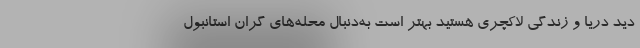
دید دریا و زندگی لاکچری هستید بهتر است به‌دنبال محله‌های گران استانبول